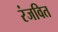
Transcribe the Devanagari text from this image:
रंजवित